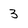
Character: 3